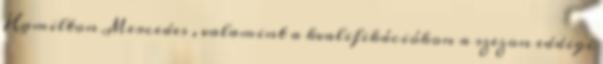
Hamilton Mercedes , valamint a kvalifikációkon a szezon eddigi